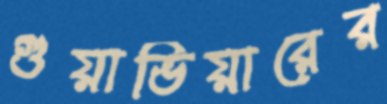
গুয়াভিয়ারের